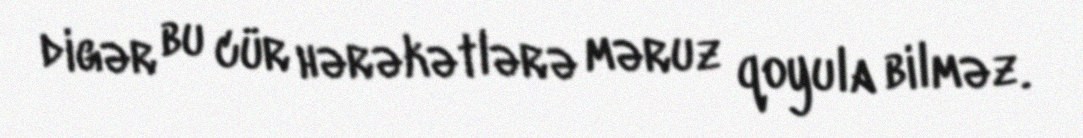
digər bu cür hərəkətlərə məruz qoyula bilməz.